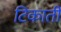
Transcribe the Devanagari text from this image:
टिकाती